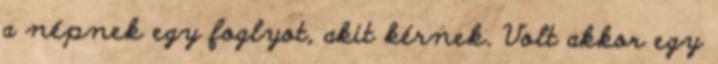
a népnek egy foglyot, akit kérnek. Volt akkor egy